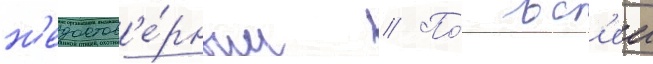
н'едостов'е́рным // По́ вс'еи